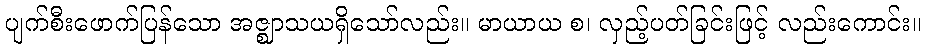
ပျက်စီးဖောက်ပြန်သော အဇ္ဈာသယရှိသော်လည်း။ မာယာယ စ၊ လှည့်ပတ်ခြင်းဖြင့် လည်းကောင်း။